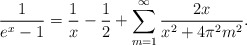
\begin{align*}\frac{1}{e^x-1}=\frac 1x-\frac 12+\sum_{m=1}^{\infty}\frac{2x}{x^2+4\pi ^2m^2}.\end{align*}